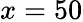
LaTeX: x=50